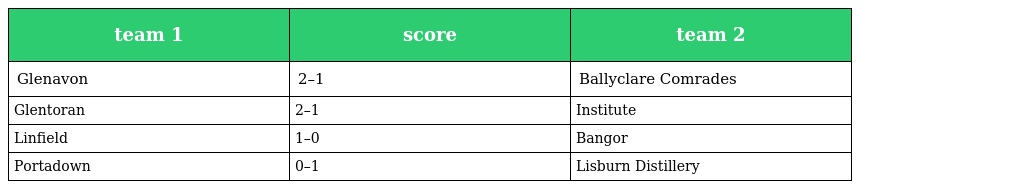
| team 1 | score | team 2 |
 | --- | --- | --- |
 | Glenavon | 2–1 | Ballyclare Comrades |
 | Glentoran | 2–1 | Institute |
 | Linfield | 1–0 | Bangor |
 | Portadown | 0–1 | Lisburn Distillery |